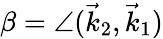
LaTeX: \beta=\angle(\vec{k}_{2},\vec{k}_{1})